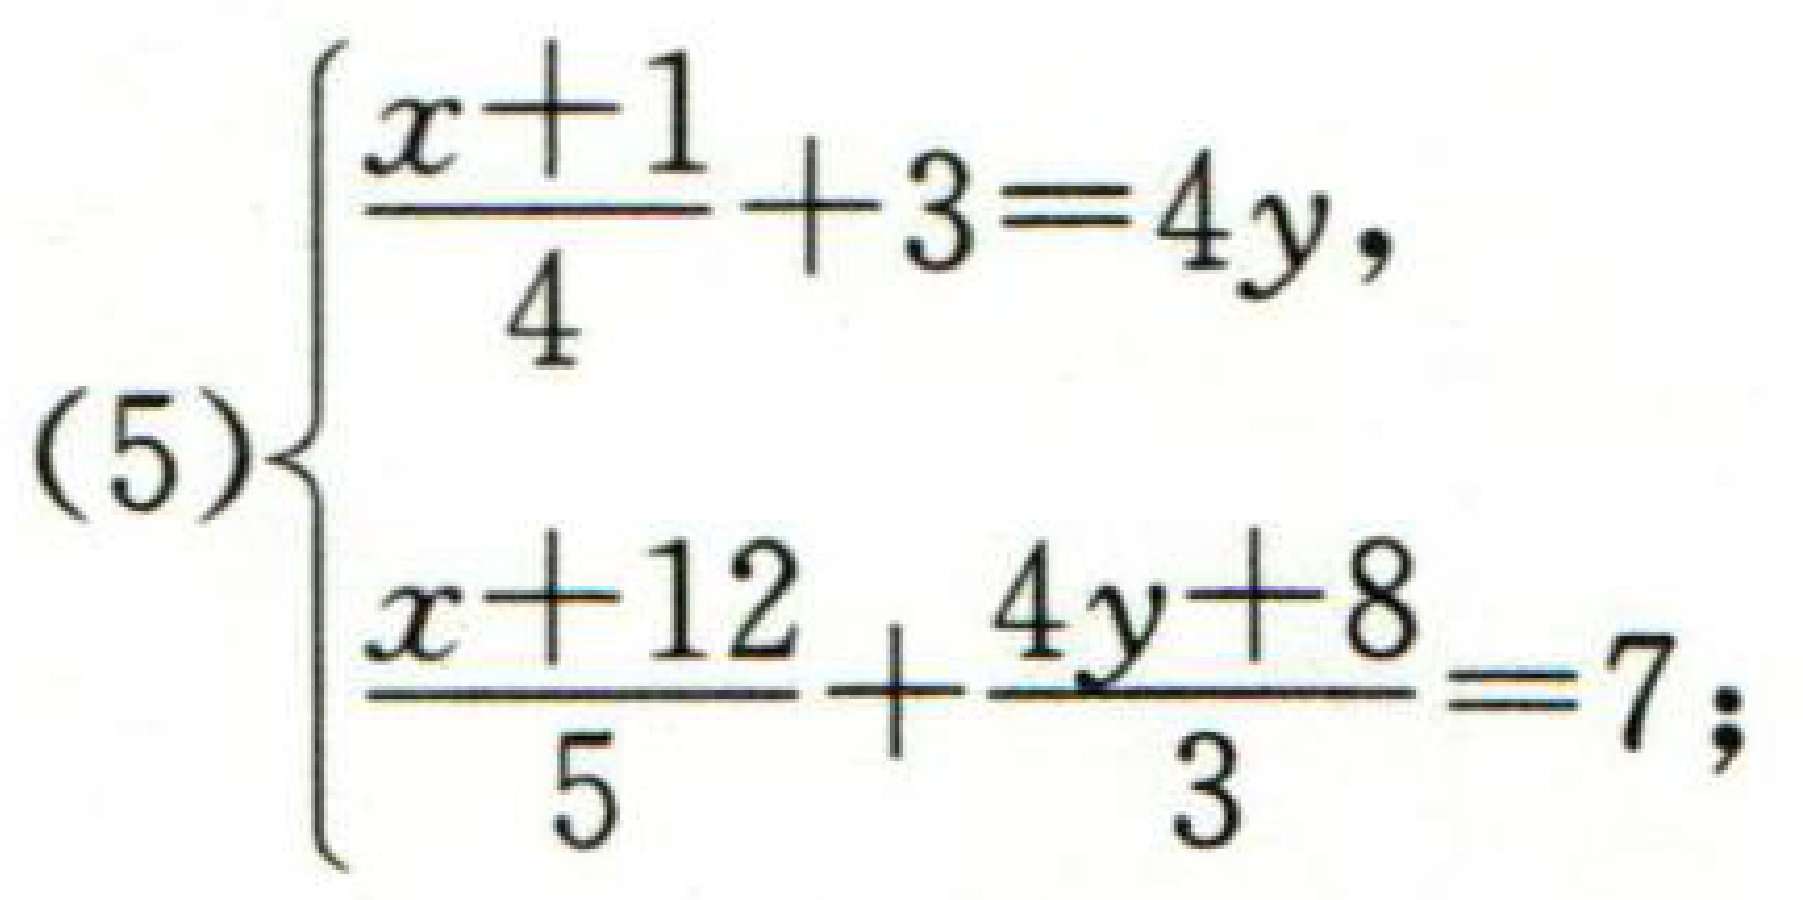
\[

(5)\left\{

\begin{array}{l}

\frac{x + 1}{4}+3 = 4y,\\

\frac{x + 12}{5}+\frac{4y + 8}{3}=7;

\end{array}

\right.

\]